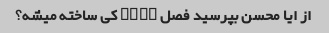
از ایا محسن بپرسید فصل NUM۱ کی ساخته میشه؟